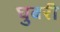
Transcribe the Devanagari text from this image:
घुबरी